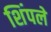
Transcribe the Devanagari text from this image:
शिंपले